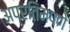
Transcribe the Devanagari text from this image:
अप्रतिमपणे